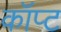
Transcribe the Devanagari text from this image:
कॉप्ट